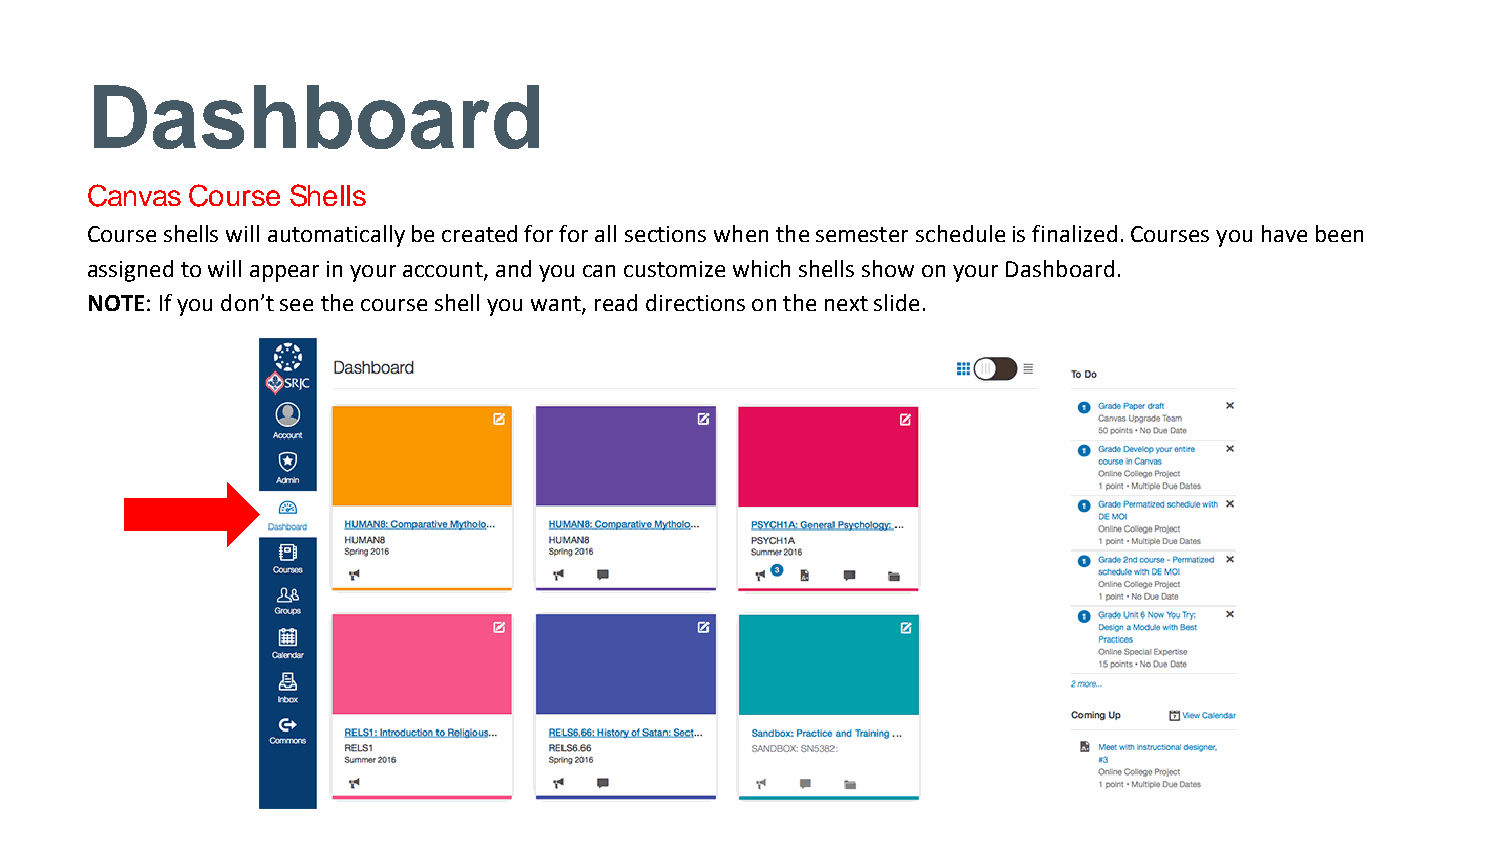
Dashboard
 Canvas Course Shells
 Course shells will automatically be created for for all sections when the semester schedule is finalized. Courses you have been
 assigned to will appear in your account, and you can customize which shells show on your Dashboard.
 NOTE: If you don’t see the course shell you want, read directions on the next slide.